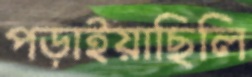
পড়াইয়াছিলি